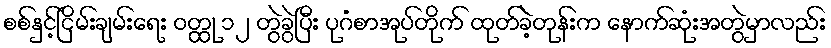
စစ်နှင့်ငြိမ်းချမ်းရေး ဝတ္ထု ၁၂ တွဲခွဲပြီး ပုဂံစာအုပ်တိုက် ထုတ်ခဲ့တုန်းက နောက်ဆုံးအတွဲမှာလည်း